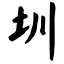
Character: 圳